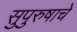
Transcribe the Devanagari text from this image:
सुपुरुषाचे